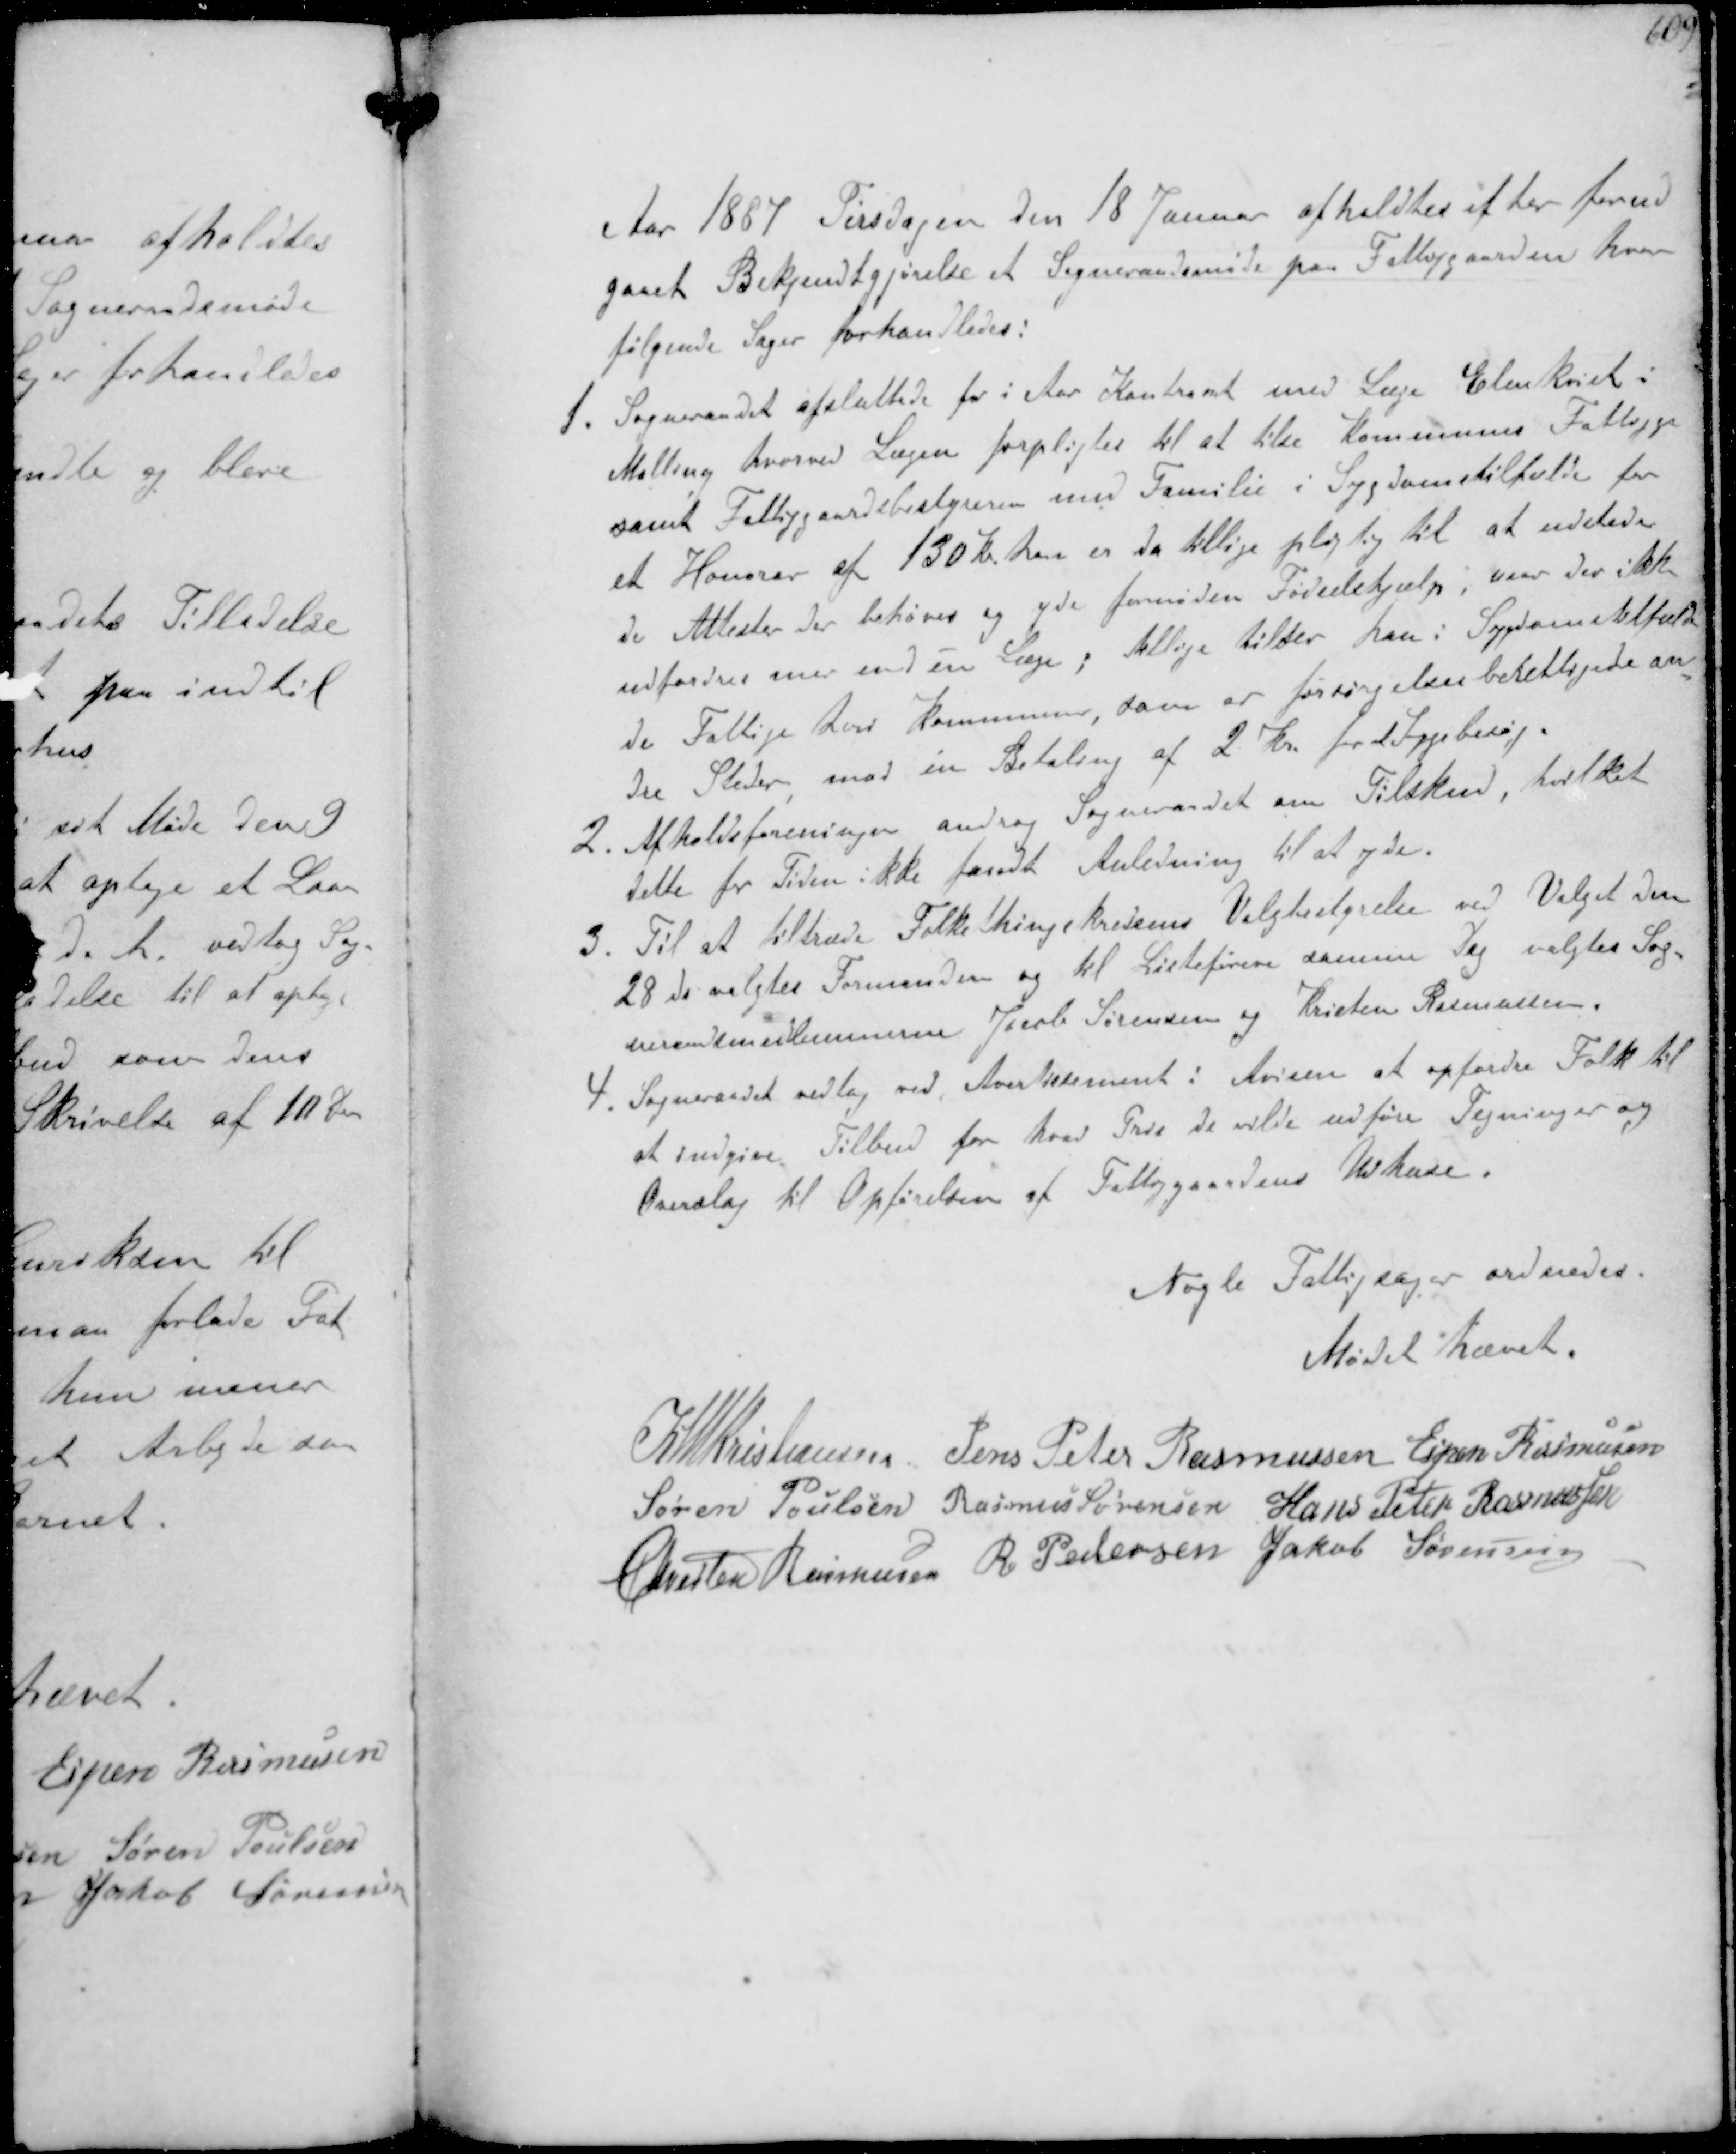
Transskription:
Aar 1887 Tirsdagen den 18 Januar afholdtes et der forud-
gaaet Bekjendtgjørelse et Sogneraadsmøde paa Fattiggaarden hvor
følgende Sager forhandledes:
1. Sogneraadet afsluttede for i Aar Kontrakt med Læge Elmholt
Malling hvorved Lægen forpligtes til at tilse Komunens Fattigge
samt Fattiggaardsbestyreren med Familie i Sygdomstilfælde for
et Honorar af 130 Kr. han er da tillige pligtig til at udstede
de Attester der behøves og yde fornøden Fødselshjælp, naar der ikke
udfordres mer end en Læge , tillige tilser han i Sygdomstilfæl-
de Fattige ved kommunen, som er forsørgelsesberettigede an-
dre Steder mod en Betaling af 2 Kr. for et Sygebesøg.
2. Afholdsforeningen androg Sogneraadet om Tilskud, hvilket
dette for Tiden ikke fandt Anledning til at yde
3. Til at tiltræde Folketingskredsens Valgbestyrelse ved Valget den
28 ds valgtes Formanden og til Listefører samme Dag valgtes Sog-
neraadsmedlemmerne Jacob Sørensen og Kristen Rasmussen
4. Sogneraadet vedtog ved Avertisement i Avisen at opfordre Folk til
at indgive Tilbud for hvad Pris de vilde udføre Tegninger og
Overslag til Opførelsen af Fattiggaardens Udhuse

Nogle Fattigsager ordnedes
Mødet hævet

K N M Kristiansen Jens Peter Rasmussen Espen Rasmussen
Søren Poulsen Rasmus Sørensen Hans Peter Rasmussen
Chresten Rasmussen R Pedersen Jakob Sørensen